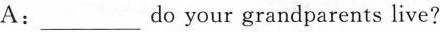
A：___do your grandparents live？